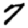
Digit: 7